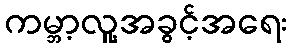
ကမ္ဘာ့လူ့အခွင့်အရေး